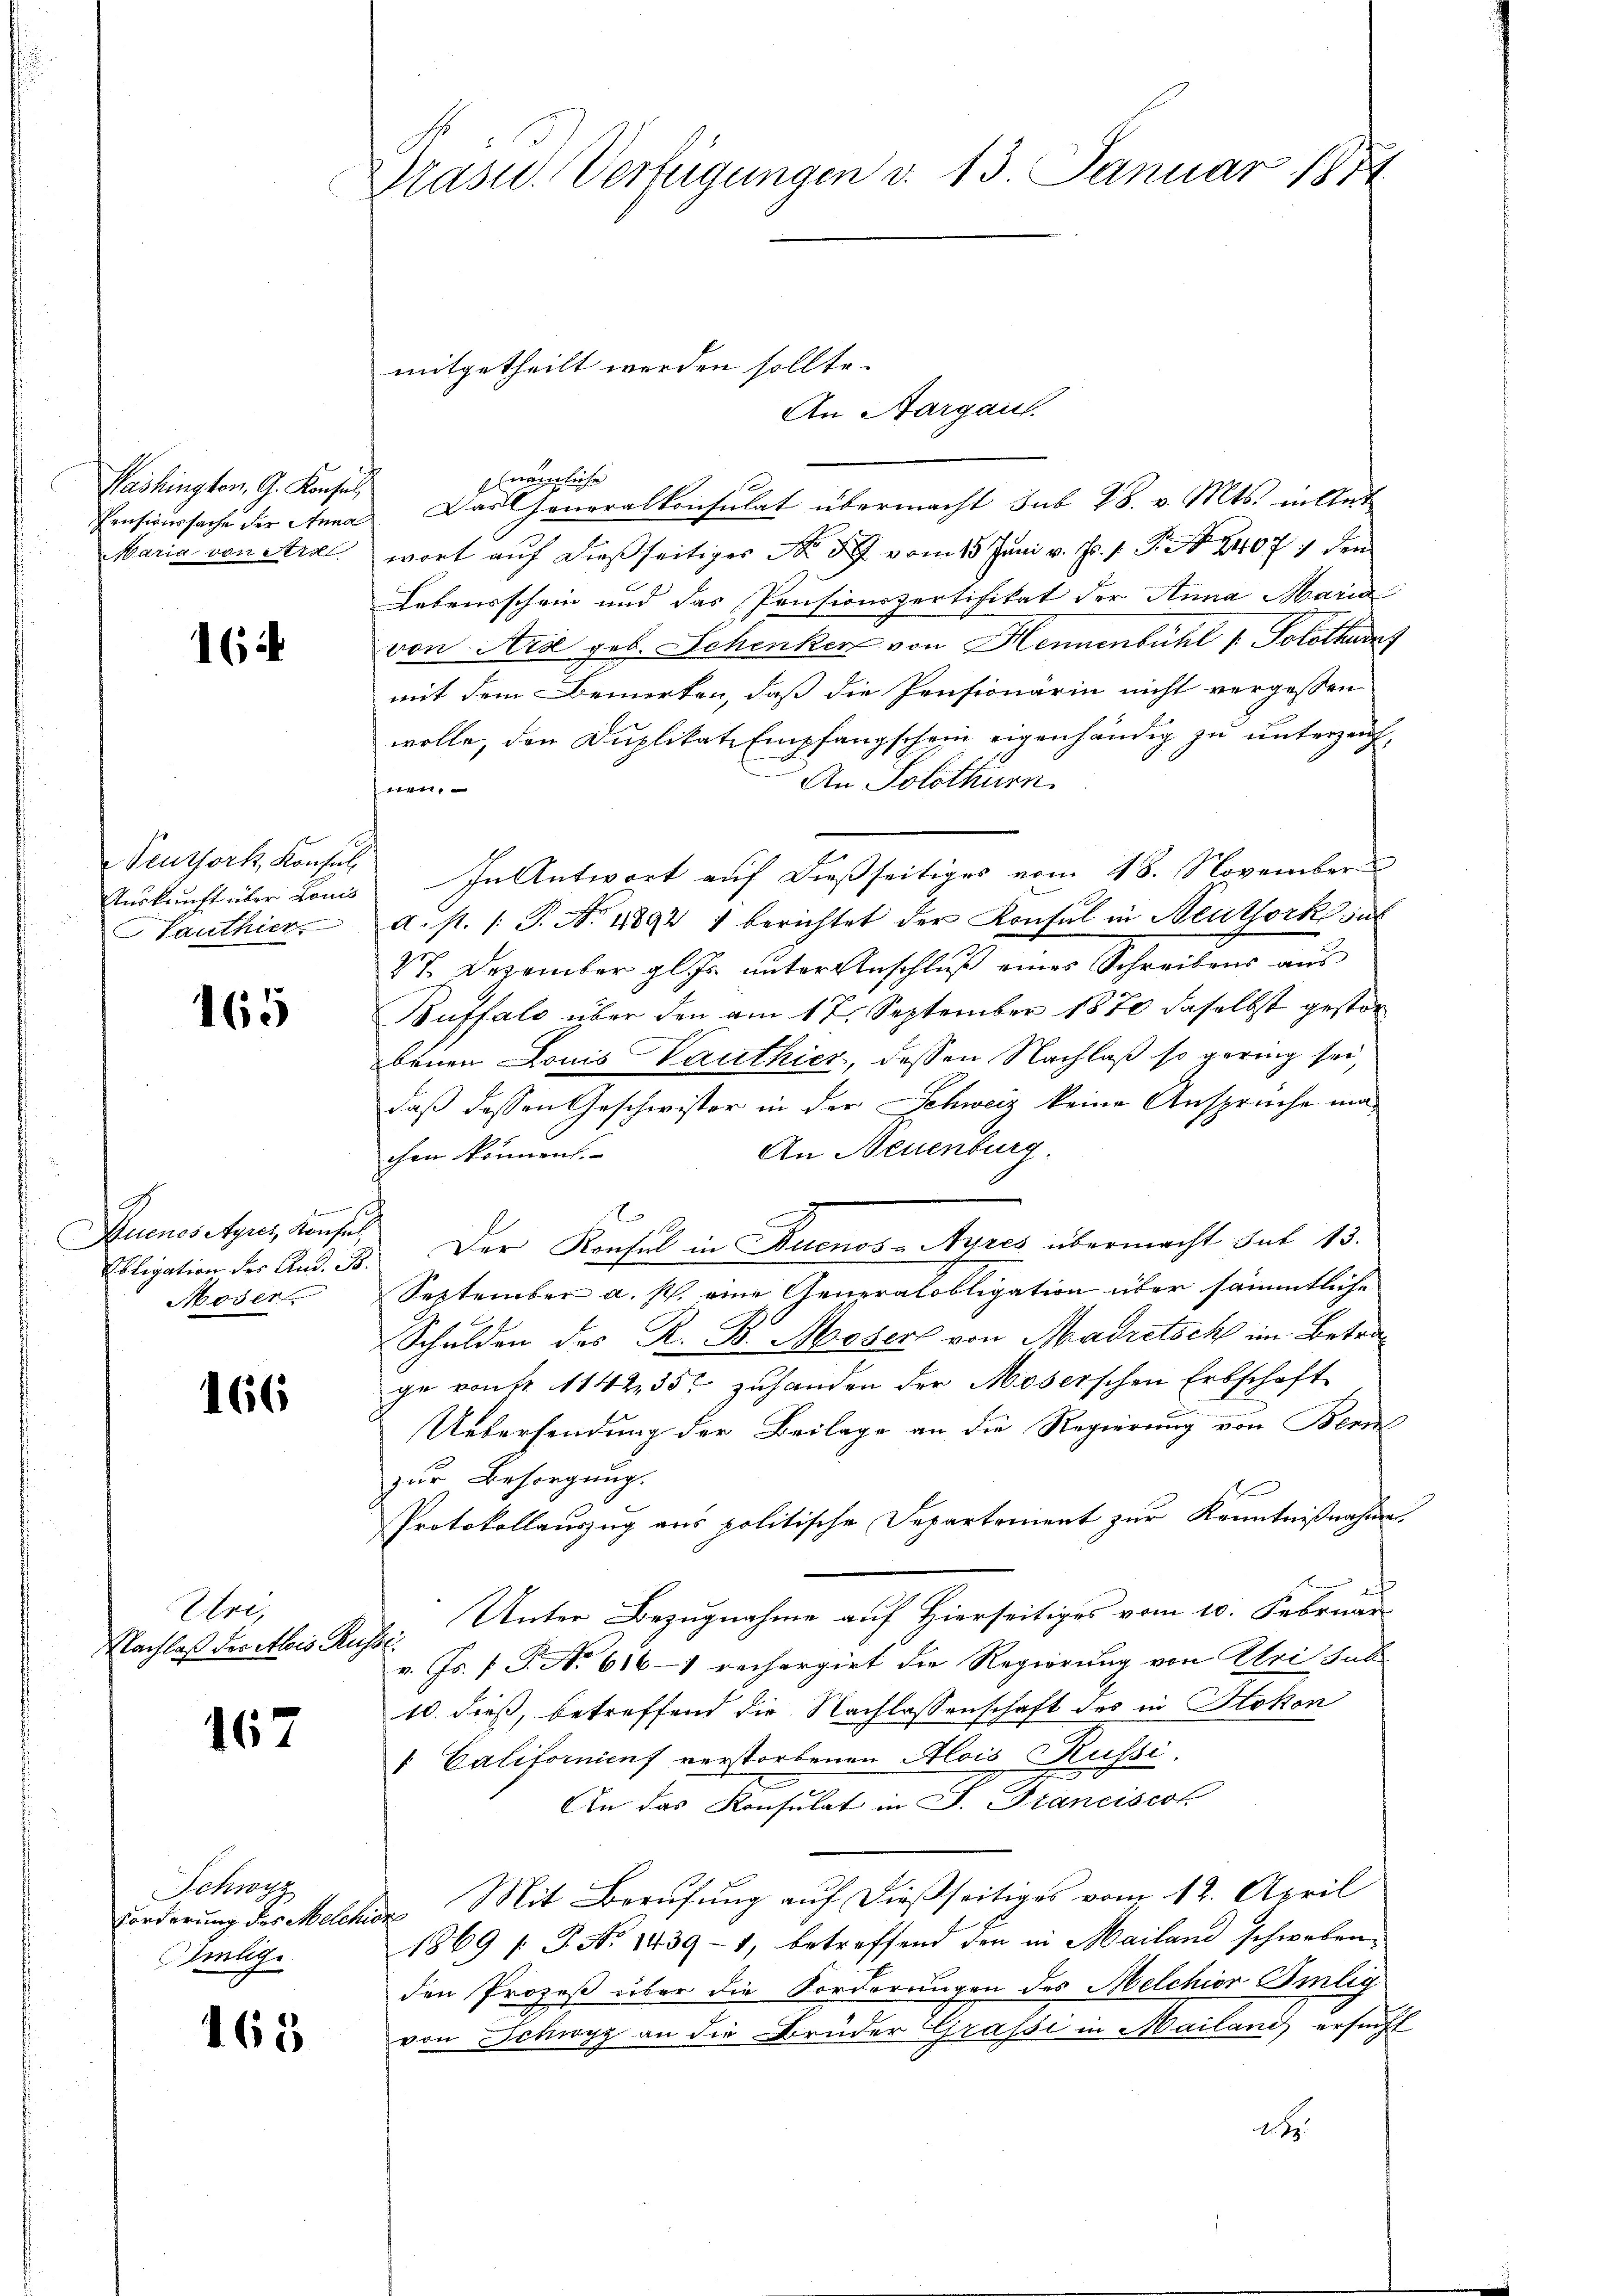
Washington, G. Konsul,
Pensionssache der Anna
Maria von Art

164

Peuthork, Konsul
Auskunft über Louis
Panthier

165

Buenos Ayres Konsul
Obligation des And. B.
Moser

166

Uri,
Nachlaß des Alois Rus

167

Schwag
Forderung des Melchin
Selig.

165

Präsid.. Verfügungen v. 13 Januar 1874

mitgetheilt werden sollte.

An Aargau.
(nämliche
Das Generalkonsulat übermacht sub 28. v. Mts. in let
wort auf dießseitiges Nr 5 vom 15. Juni v. Js. s. S. 14077 den
Lebensschein und das Pensionspertifikat der Anna Maria
von Arse geb. Schenken von Hennenbühl v. Solothurns
mit dem Bemerken, daß die Pensionärin nicht vergessen
wolle, den Duplikate Empfangschein eigenhändig zu unterzeich,
An Solothurn.
hnen.
In Antwort auf dießseitiges vom 18. November
a. p. 1 S. Nr. 18892 1 berichtet der Konsul in Beuthork sul
27. Dezember gl. Er unter Anschluß eines Schreibens aus
Buffalo über den am 17. September 1870 daselbst gestorbenen Louis Vauthier, dessen Nachlaß so gering sei
daß dessen Geschwister in der Schweiz keine Ansprüche ma¬
An Neuenburg.
chen können.
Der Konsul in Buenos-Ayres übermacht sub 13.
September a. p. eine Generalobligation über sämmtliche
Schulden des K. B. Moser von Madretsch im Betrage kant. 114235 zuhanden der Moserschen Erbschaft
Uebersendung der Beilage an die Regierung von Bern
zur Besorgung.
b
Protokollauszug aus politische Departement zur Kenntnißnahme,
Unter Bezugnahme auf Hierseitiges vom 10. Februar
d
v. Js. (T. No 616 – rechargirt die Regierung von Uri sull
10. dieß, betreffend die Nachlassenschaft des in Sokon
 Californinf verstorbenen Alois Küssi.
e
An das Konsulat in P. Franciscot
u Mit Berufung auf dießseitiges vom 12. April
1869 f. No 1439-1, betreffend den in Mailand schweben.
den Prozeß über die Forderungen des Melchior Omlig
von Schwyz an die Brüder Grafsi in Mailani ersucht
2